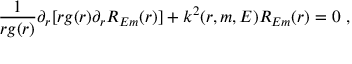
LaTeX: \frac { 1 } { r g ( r ) } \partial _ { r } [ r g ( r ) \partial _ { r } R _ { E m } ( r ) ] + k ^ { 2 } ( r , m , E ) R _ { E m } ( r ) = 0 ~ ,